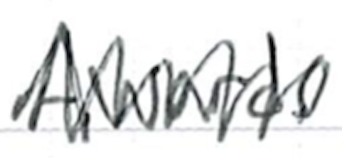
Text: Awards
Cross-out: zig-zag
Writing tool: ballpoint